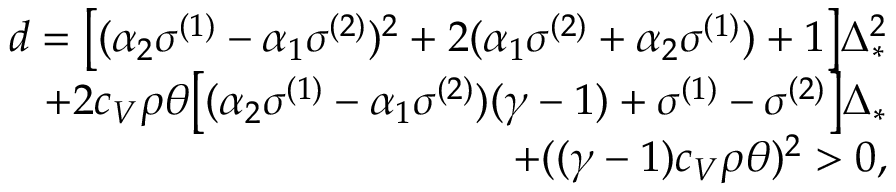
\begin{array} { r } { d = \big [ ( \alpha _ { 2 } \sigma ^ { ( 1 ) } - \alpha _ { 1 } \sigma ^ { ( 2 ) } ) ^ { 2 } + 2 ( \alpha _ { 1 } \sigma ^ { ( 2 ) } + \alpha _ { 2 } \sigma ^ { ( 1 ) } ) + 1 \big ] \Delta _ { * } ^ { 2 } } \\ { + 2 c _ { V } \rho \theta \big [ ( \alpha _ { 2 } \sigma ^ { ( 1 ) } - \alpha _ { 1 } \sigma ^ { ( 2 ) } ) ( \gamma - 1 ) + \sigma ^ { ( 1 ) } - \sigma ^ { ( 2 ) } \big ] \Delta _ { * } } \\ { + ( ( \gamma - 1 ) c _ { V } \rho \theta ) ^ { 2 } > 0 , } \end{array}